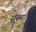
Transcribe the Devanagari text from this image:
स्ंस्थान